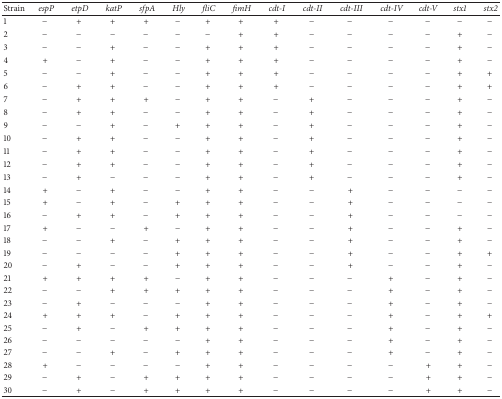
<table><thead><tr><td><b>Strain</b></td><td><b><i> espP</i></b></td><td><b><i> etpD</i></b></td><td><b><i> katP</i></b></td><td><b><i> sfpA</i></b></td><td><b><i> Hly</i></b></td><td><b><i> fliC</i></b></td><td><b><i> fimH</i></b></td><td><b><i> cdt-I</i></b></td><td><b><i> cdt-II</i></b></td><td><b><i> cdt-III</i></b></td><td><b><i> cdt-IV</i></b></td><td><b><i>cdt-V</i></b></td><td><b><i>stx1</i></b></td><td><b><i> stx2</i></b></td></tr></thead><tbody><tr><td> 1</td><td> −</td><td> +</td><td> +</td><td> +</td><td> −</td><td> +</td><td> +</td><td> +</td><td> −</td><td> −</td><td> −</td><td> −</td><td> −</td><td> −</td></tr><tr><td> 2</td><td> −</td><td> −</td><td> −</td><td> −</td><td> −</td><td> −</td><td> +</td><td> +</td><td> −</td><td> −</td><td> −</td><td> −</td><td> +</td><td> −</td></tr><tr><td> 3</td><td> −</td><td> −</td><td> +</td><td> −</td><td> −</td><td> +</td><td> +</td><td> +</td><td> −</td><td> −</td><td> −</td><td> −</td><td> +</td><td> −</td></tr><tr><td> 4</td><td> +</td><td> −</td><td> +</td><td> −</td><td> −</td><td> +</td><td> +</td><td> +</td><td> −</td><td> −</td><td> −</td><td> −</td><td> +</td><td> −</td></tr><tr><td> 5</td><td> −</td><td> −</td><td> +</td><td> −</td><td> −</td><td> +</td><td> +</td><td> +</td><td> −</td><td> −</td><td> −</td><td> −</td><td> +</td><td> +</td></tr><tr><td> 6</td><td> −</td><td> +</td><td> +</td><td> −</td><td> −</td><td> +</td><td> +</td><td> +</td><td> −</td><td> −</td><td> −</td><td> −</td><td> +</td><td> +</td></tr><tr><td> 7</td><td> −</td><td> +</td><td> +</td><td> +</td><td> −</td><td> +</td><td> +</td><td> −</td><td> +</td><td> −</td><td> −</td><td> −</td><td> +</td><td> −</td></tr><tr><td> 8</td><td> −</td><td> +</td><td> +</td><td> −</td><td> −</td><td> +</td><td> +</td><td> −</td><td> +</td><td> −</td><td> −</td><td> −</td><td> +</td><td> −</td></tr><tr><td> 9</td><td> −</td><td> −</td><td> +</td><td> −</td><td> +</td><td> +</td><td> +</td><td> −</td><td> +</td><td> −</td><td> −</td><td> −</td><td> +</td><td> −</td></tr><tr><td> 10</td><td> −</td><td> +</td><td> +</td><td> −</td><td> −</td><td> +</td><td> +</td><td> −</td><td> +</td><td> −</td><td> −</td><td> −</td><td> +</td><td> −</td></tr><tr><td> 11</td><td> −</td><td> +</td><td> +</td><td> −</td><td> −</td><td> +</td><td> +</td><td> −</td><td> +</td><td> −</td><td> −</td><td> −</td><td> +</td><td> −</td></tr><tr><td> 12</td><td> −</td><td> +</td><td> +</td><td> −</td><td> −</td><td> +</td><td> +</td><td> −</td><td> +</td><td> −</td><td> −</td><td> −</td><td> +</td><td> −</td></tr><tr><td> 13</td><td> −</td><td> +</td><td> −</td><td> −</td><td> −</td><td> +</td><td> +</td><td> −</td><td> +</td><td> −</td><td> −</td><td> −</td><td> +</td><td> −</td></tr><tr><td> 14</td><td> +</td><td> −</td><td> +</td><td> −</td><td> −</td><td> +</td><td> +</td><td> −</td><td> −</td><td> +</td><td> −</td><td> −</td><td> −</td><td> −</td></tr><tr><td> 15</td><td> +</td><td> −</td><td> +</td><td> −</td><td> +</td><td> +</td><td> +</td><td> −</td><td> −</td><td> +</td><td> −</td><td> −</td><td> −</td><td> −</td></tr><tr><td> 16</td><td> −</td><td> +</td><td> +</td><td> −</td><td> +</td><td> +</td><td> +</td><td> −</td><td> −</td><td> +</td><td> −</td><td> −</td><td> −</td><td> −</td></tr><tr><td> 17</td><td> +</td><td> −</td><td> −</td><td> +</td><td> −</td><td> +</td><td> +</td><td> −</td><td> −</td><td> +</td><td> −</td><td> −</td><td> +</td><td> −</td></tr><tr><td> 18</td><td> −</td><td> −</td><td> +</td><td> −</td><td> +</td><td> +</td><td> +</td><td> −</td><td> −</td><td> +</td><td> −</td><td> −</td><td> +</td><td> −</td></tr><tr><td> 19</td><td> −</td><td> −</td><td> −</td><td> −</td><td> +</td><td> +</td><td> +</td><td> −</td><td> −</td><td> +</td><td> −</td><td> −</td><td> +</td><td> +</td></tr><tr><td> 20</td><td> −</td><td> +</td><td> −</td><td> −</td><td> +</td><td> +</td><td> +</td><td> −</td><td> −</td><td> +</td><td> −</td><td> −</td><td> +</td><td> −</td></tr><tr><td> 21</td><td> +</td><td> +</td><td> +</td><td> +</td><td> −</td><td> +</td><td> +</td><td> −</td><td> −</td><td> −</td><td> +</td><td> −</td><td> +</td><td> −</td></tr><tr><td> 22</td><td> −</td><td> −</td><td> +</td><td> +</td><td> +</td><td> +</td><td> +</td><td> −</td><td> −</td><td> −</td><td> +</td><td> −</td><td> +</td><td> −</td></tr><tr><td> 23</td><td> −</td><td> +</td><td> −</td><td> −</td><td> −</td><td> +</td><td> +</td><td> −</td><td> −</td><td> −</td><td> +</td><td> −</td><td> +</td><td> −</td></tr><tr><td> 24</td><td> +</td><td> +</td><td> +</td><td> −</td><td> +</td><td> +</td><td> +</td><td> −</td><td> −</td><td> −</td><td> +</td><td> −</td><td> +</td><td> +</td></tr><tr><td> 25</td><td> −</td><td> +</td><td> −</td><td> +</td><td> +</td><td> +</td><td> +</td><td> −</td><td> −</td><td> −</td><td> +</td><td> −</td><td> +</td><td> −</td></tr><tr><td> 26</td><td> −</td><td> −</td><td> −</td><td> −</td><td> −</td><td> +</td><td> +</td><td> −</td><td> −</td><td> −</td><td> +</td><td> −</td><td> +</td><td> −</td></tr><tr><td> 27</td><td> −</td><td> −</td><td> +</td><td> −</td><td> +</td><td> +</td><td> +</td><td> −</td><td> −</td><td> −</td><td> +</td><td> −</td><td> +</td><td> −</td></tr><tr><td> 28</td><td> +</td><td> −</td><td> −</td><td> −</td><td> −</td><td> +</td><td> +</td><td> −</td><td> −</td><td> −</td><td> −</td><td> +</td><td> +</td><td> −</td></tr><tr><td> 29</td><td> −</td><td> +</td><td> −</td><td> +</td><td> +</td><td> +</td><td> +</td><td> −</td><td> −</td><td> −</td><td> −</td><td> +</td><td> +</td><td> −</td></tr><tr><td> 30</td><td> −</td><td> +</td><td> −</td><td> +</td><td> +</td><td> +</td><td> +</td><td> −</td><td> −</td><td> −</td><td> −</td><td> +</td><td> +</td><td> −</td></tr></tbody></table>